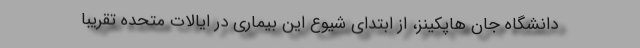
دانشگاه جان هاپکینز، از ابتدای شیوع این بیماری در ایالات متحده تقریبا